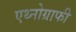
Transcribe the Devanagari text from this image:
एथ्नोग्राफी